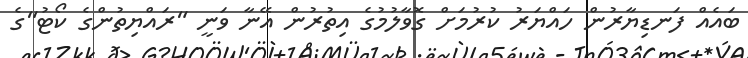
ބައެއް ފަނޑިޔާރުން ހައްޔަރު ކުރުމަށް ގޮވާލުމުގެ އިތުރުން އޭނާ ވަނީ "ރައްޔިތުންގެ ކޯޓު"ގެ